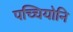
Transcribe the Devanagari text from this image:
पच्चियोनि